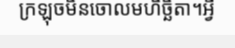
ក្រឡុចមិនចោលមហិច្ឆិតា។អ្វី